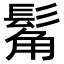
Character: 𩭛